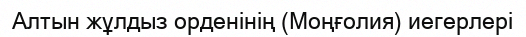
Алтын жұлдыз орденінің (Моңғолия) иегерлері